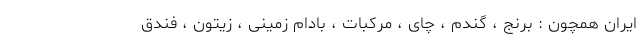
ایران همچون : برنج ، گندم ، چای ، مرکبات ، بادام زمینی ، زیتون ، فندق